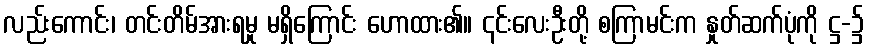
လည်းကောင်း၊ တင်းတိမ်အားရမှု မရှိကြောင်း ဟောထား၏။ ၎င်းလေးဦးတို့ စကြာမင်းက နှုတ်ဆက်ပုံကို ဋ္ဌ-၌